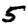
Digit: 5